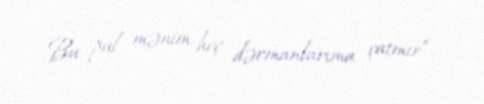
Bu pul mənim heç dərmanlarıma çatmır”.